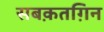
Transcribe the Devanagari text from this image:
सबक़तग़िन